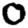
Digit: 0